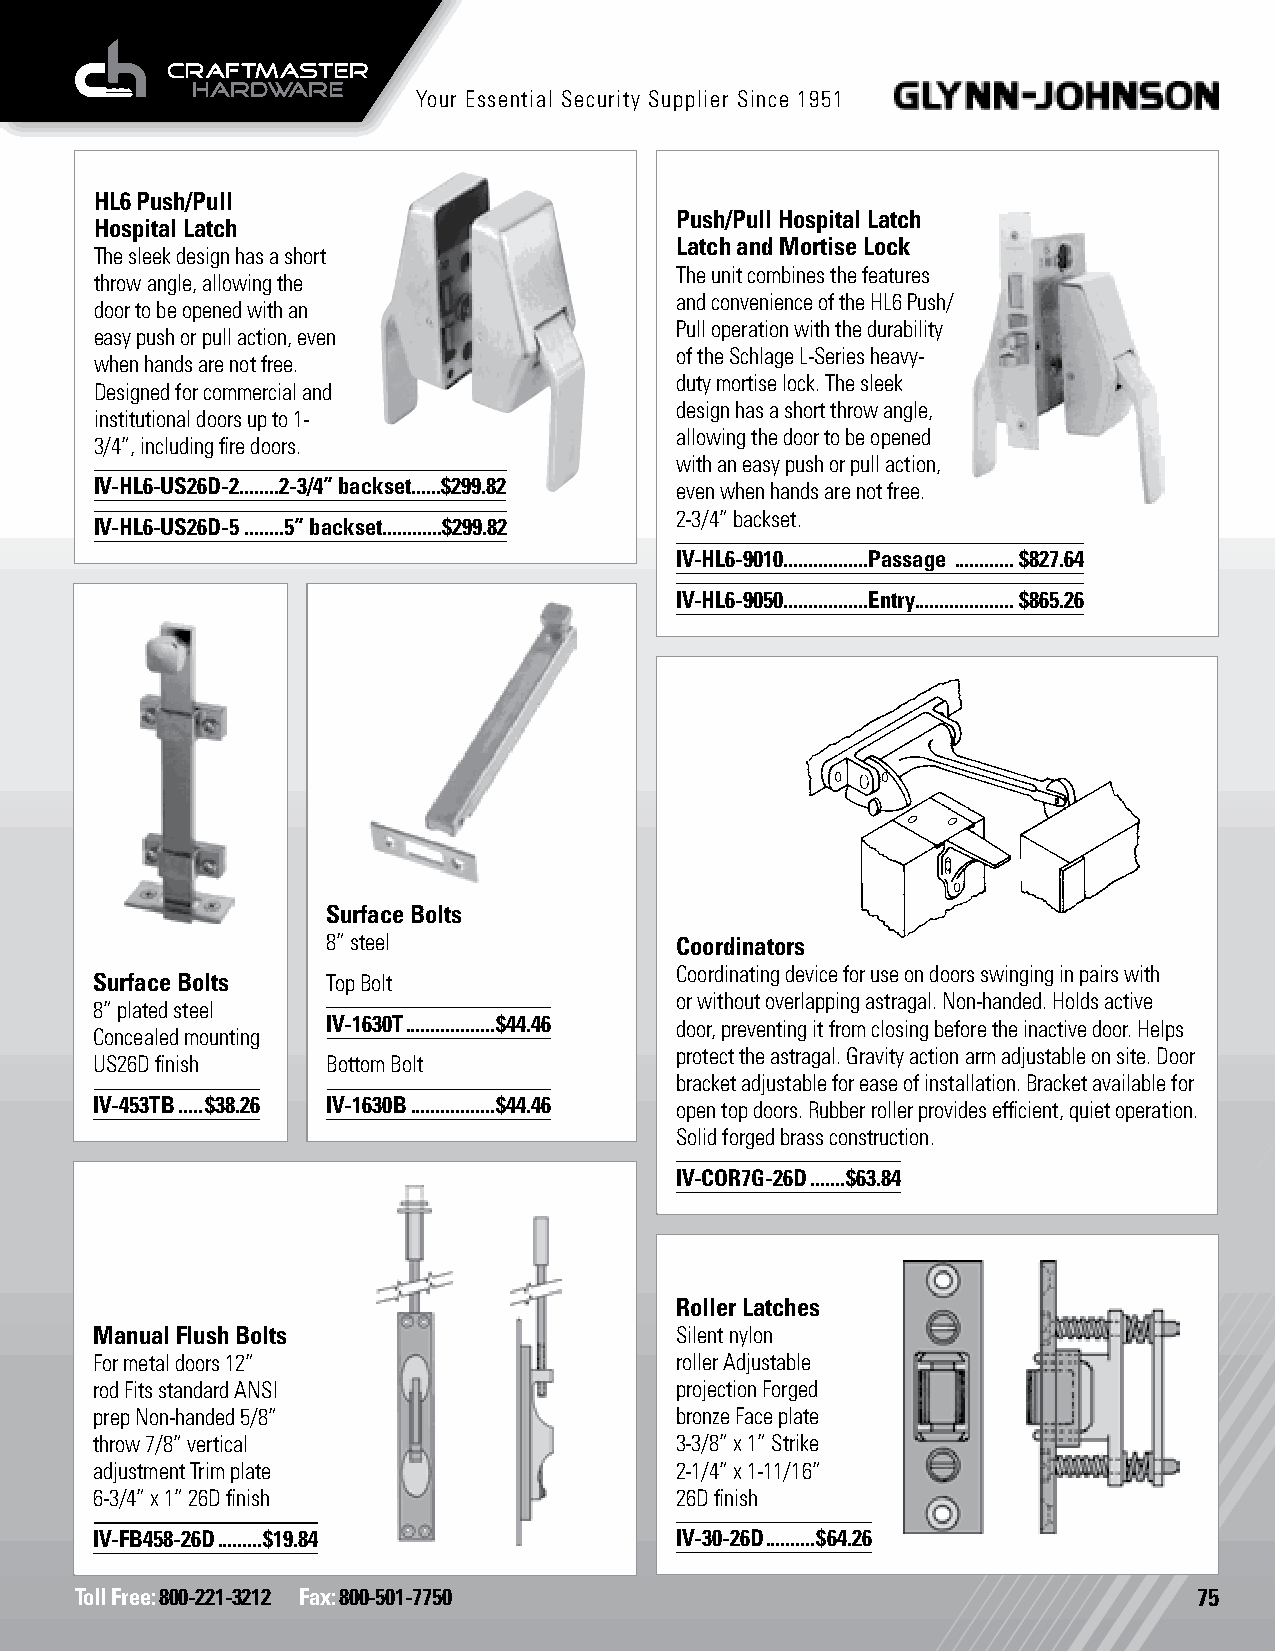
Your Essential Security Supplier Since 1951
 HL6 Push/Pull
 Push/Pull Hospital Latch
 Hospital Latch
 Latch and Mortise Lock
 The sleek design has a short
 The unit combines the features
 throw angle, allowing the
 and convenience of the HL6 Push/
 door to be opened with an
 Pull operation with the durability
 easy push or pull action, even
 of the Schlage L-Series heavy-
 when hands are not free.
 duty mortise lock. The sleek
 Designed for commercial and
 design has a short throw angle,
 institutional doors up to 1-
 allowing the door to be opened
 3/4”, including fire doors.
 with an easy push or pull action,
 IV-HL6-US26D-2........2-3/4” backset......$299.82 even when hands are not free.
 2-3/4” backset.
 IV-HL6-US26D-5 ........5” backset............$299.82
 IV-HL6-9010.................Passage ............$827.64
 IV-HL6-9050.................Entry....................$865.26
 Surface Bolts
 8” steel               Coordinators
 Coordinating device for use on doors swinging in pairs with
 Surface Bolts   Top Bolt
 or without overlapping astragal. Non-handed. Holds active
 8” plated steel
 IV-1630T ..................$44.46 door, preventing it from closing before the inactive door. Helps
 Concealed mounting
 protect the astragal. Gravity action arm adjustable on site. Door
 US26D finish    Bottom Bolt
 bracket adjustable for ease of installation. Bracket available for
 IV-453TB .....$38.26 IV-1630B .................$44.46 open top doors. Rubber roller provides efficient, quiet operation.
 Solid forged brass construction.
 IV-COR7G-26D .......$63.84
 Roller Latches
 Manual Flush Bolts                     Silent nylon
 For metal doors 12”                    roller Adjustable
 rod Fits standard ANSI                 projection Forged
 prep Non-handed 5/8”                   bronze Face plate
 throw 7/8” vertical                    3-3/8” x 1” Strike
 adjustment Trim plate                  2-1/4” x 1-11/16”
 6-3/4” x 1” 26D finish                 26D finish
 IV-FB458-26D .........$19.84           IV-30-26D ..........$64.26
 Toll Free: 800-221-3212 Fax: 800-501-7750                                 75